画像に写った文字を読んでください
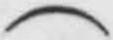
「(」と書いてあります